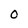
Character: O